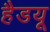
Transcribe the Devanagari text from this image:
हैडयू